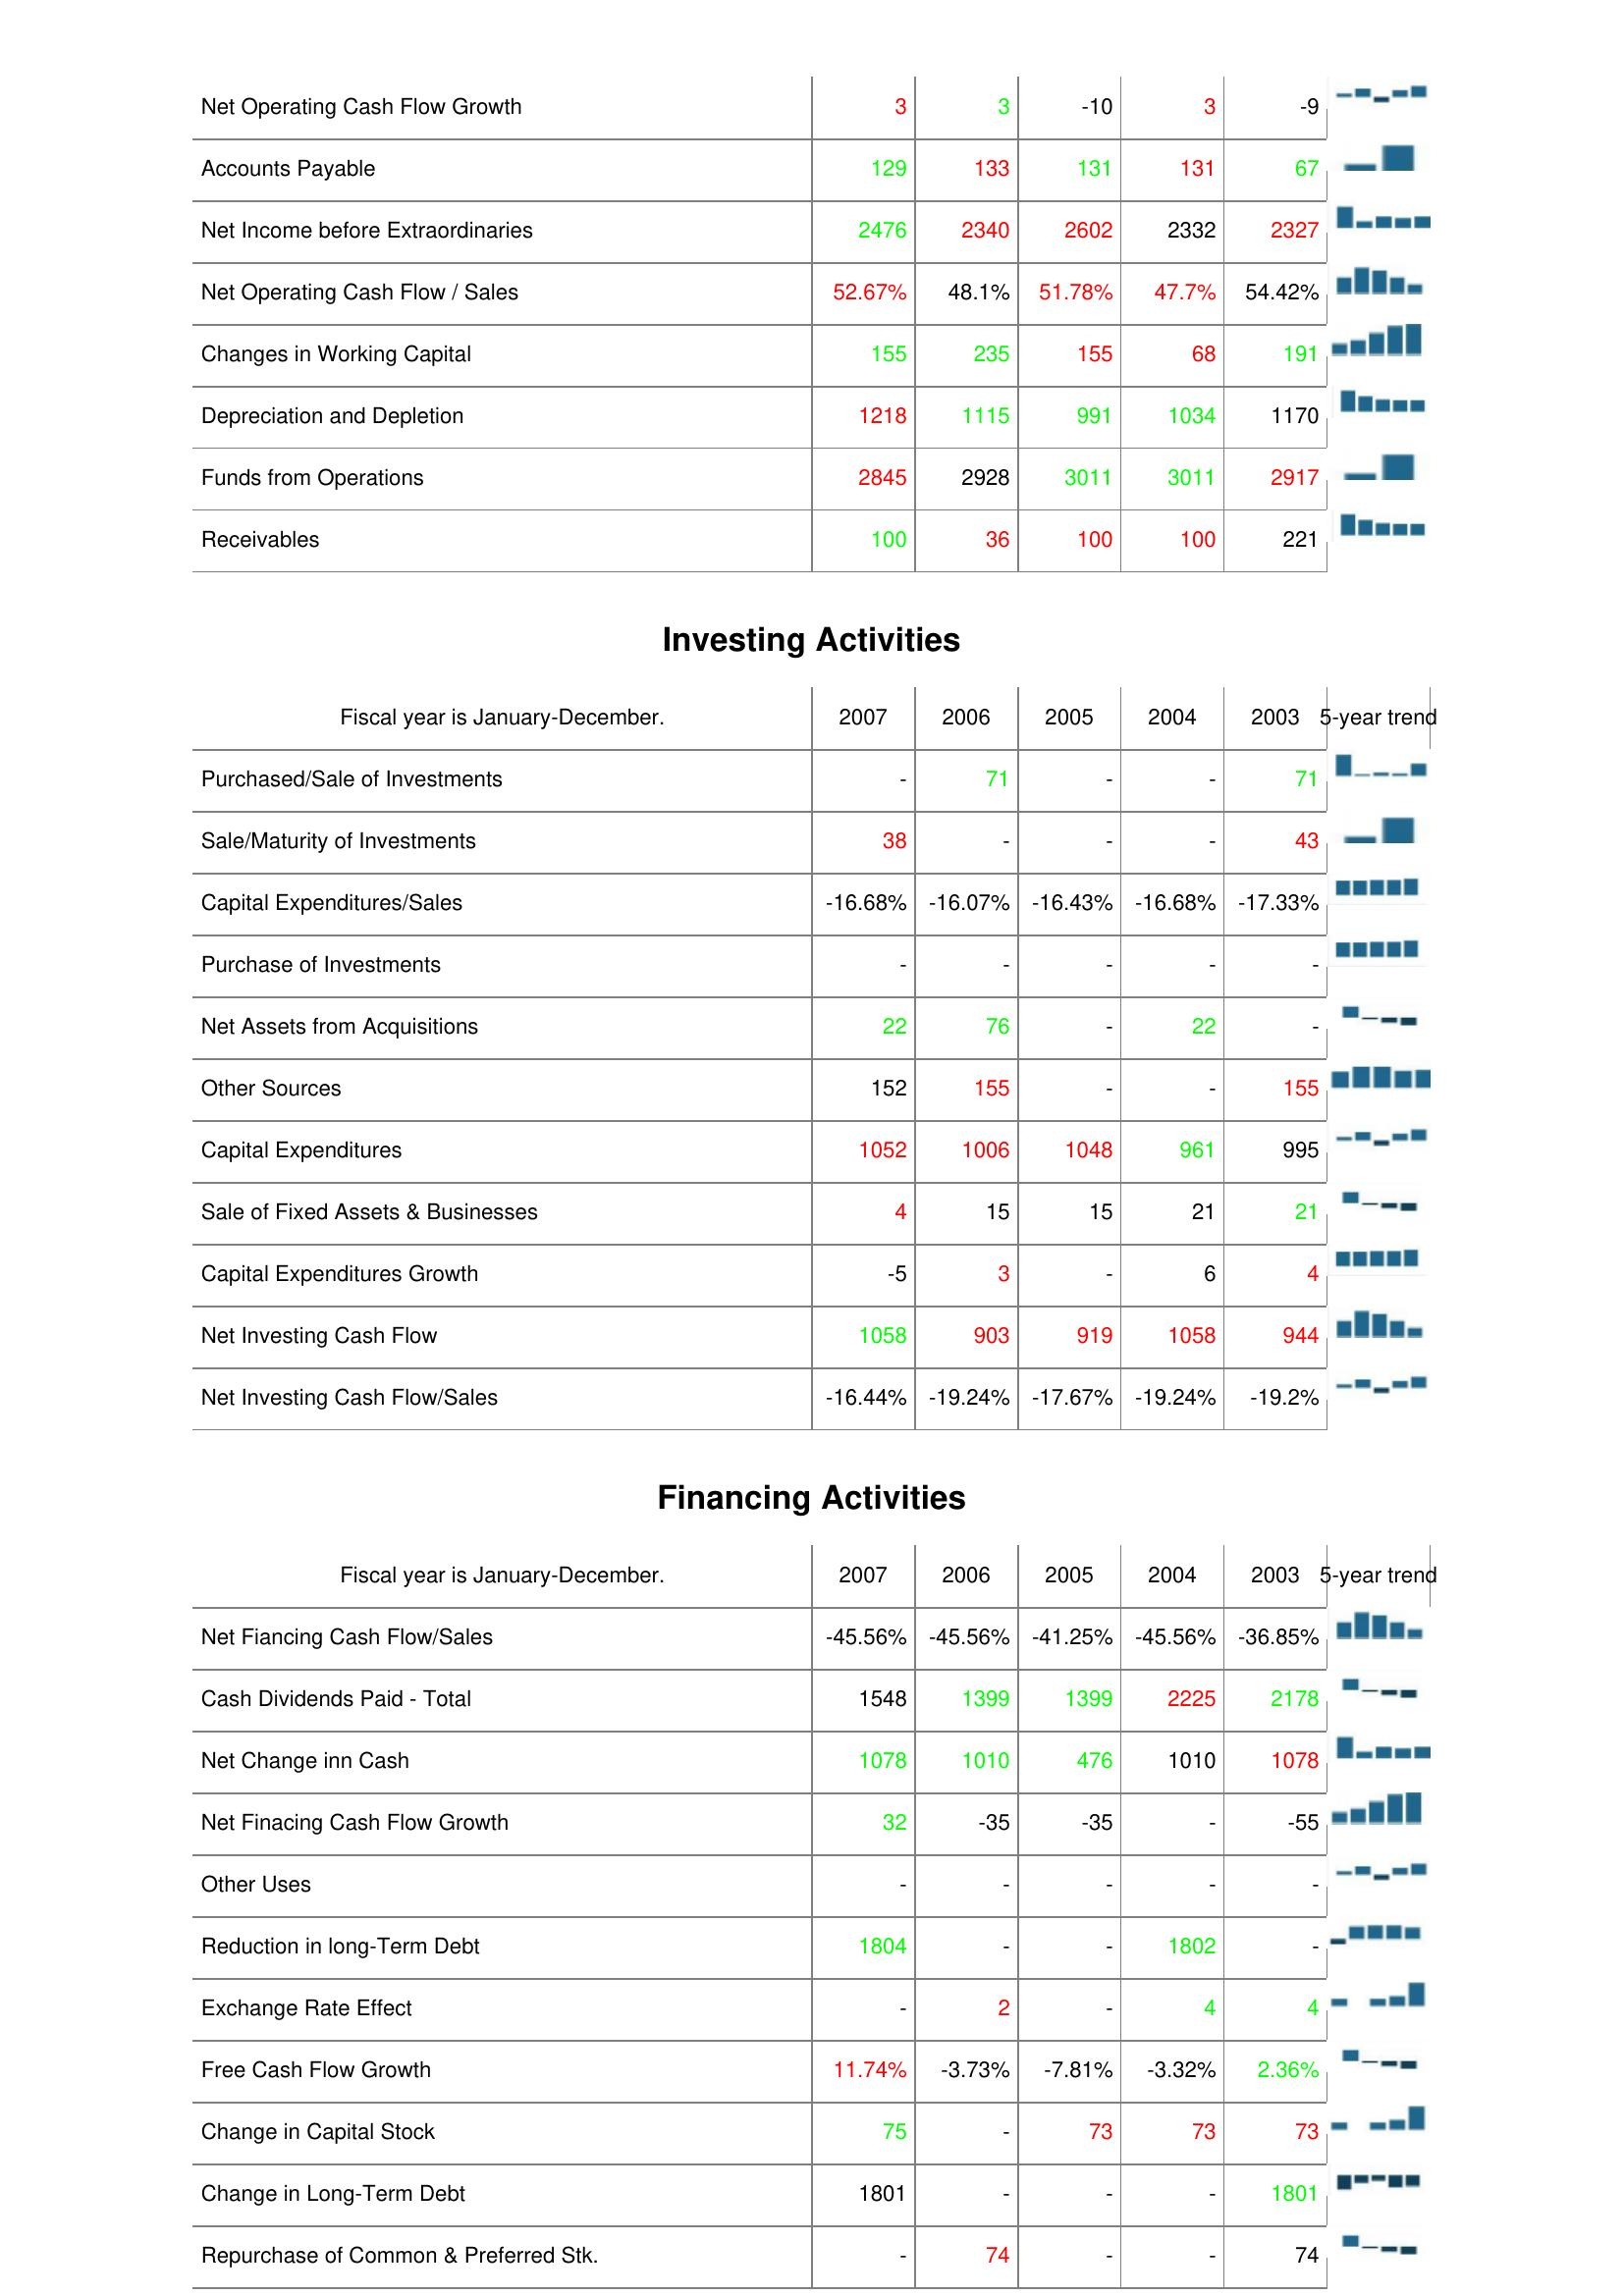
2007: Operating Activities: Net Operating Cash Flow Growth: 3
Accounts Payable: 129
Net Income before Extraordinaries: 2476
Net Operating Cash Flow / Sales: 52.67%
Changes in Working Capital: 155
Depreciation and Depletion: 1218
Funds from Operations: 2845
Receivables: 100
Investing Activities: Purchased/Sale of Investments: -
Sale/Maturity of Investments: 38
Capital Expenditures/Sales: -16.68%
Purchase of Investments: -
Net Assets from Acquisitions: 22
Other Sources: 152
Capital Expenditures: 1052
Sale of Fixed Assets & Businesses: 4
Capital Expenditures Growth: -5
Net Investing Cash Flow: 1058
Net Investing Cash Flow/Sales: -16.44%
Financing Activities: Net Fiancing Cash Flow/Sales: -45.56%
Cash Dividends Paid - Total: 1548
Net Change inn Cash: 1078
Net Finacing Cash Flow Growth: 32
Other Uses: -
Reduction in long-Term Debt: 1804
Exchange Rate Effect: -
Free Cash Flow Growth: 11.74%
Change in Capital Stock: 75
Change in Long-Term Debt: 1801
Repurchase of Common & Preferred Stk.: -
2006: Operating Activities: Net Operating Cash Flow Growth: 3
Accounts Payable: 133
Net Income before Extraordinaries: 2340
Net Operating Cash Flow / Sales: 48.1%
Changes in Working Capital: 235
Depreciation and Depletion: 1115
Funds from Operations: 2928
Receivables: 36
Investing Activities: Purchased/Sale of Investments: 71
Sale/Maturity of Investments: -
Capital Expenditures/Sales: -16.07%
Purchase of Investments: -
Net Assets from Acquisitions: 76
Other Sources: 155
Capital Expenditures: 1006
Sale of Fixed Assets & Businesses: 15
Capital Expenditures Growth: 3
Net Investing Cash Flow: 903
Net Investing Cash Flow/Sales: -19.24%
Financing Activities: Net Fiancing Cash Flow/Sales: -45.56%
Cash Dividends Paid - Total: 1399
Net Change inn Cash: 1010
Net Finacing Cash Flow Growth: -35
Other Uses: -
Reduction in long-Term Debt: -
Exchange Rate Effect: 2
Free Cash Flow Growth: -3.73%
Change in Capital Stock: -
Change in Long-Term Debt: -
Repurchase of Common & Preferred Stk.: 74
2005: Operating Activities: Net Operating Cash Flow Growth: -10
Accounts Payable: 131
Net Income before Extraordinaries: 2602
Net Operating Cash Flow / Sales: 51.78%
Changes in Working Capital: 155
Depreciation and Depletion: 991
Funds from Operations: 3011
Receivables: 100
Investing Activities: Purchased/Sale of Investments: -
Sale/Maturity of Investments: -
Capital Expenditures/Sales: -16.43%
Purchase of Investments: -
Net Assets from Acquisitions: -
Other Sources: -
Capital Expenditures: 1048
Sale of Fixed Assets & Businesses: 15
Capital Expenditures Growth: -
Net Investing Cash Flow: 919
Net Investing Cash Flow/Sales: -17.67%
Financing Activities: Net Fiancing Cash Flow/Sales: -41.25%
Cash Dividends Paid - Total: 1399
Net Change inn Cash: 476
Net Finacing Cash Flow Growth: -35
Other Uses: -
Reduction in long-Term Debt: -
Exchange Rate Effect: -
Free Cash Flow Growth: -7.81%
Change in Capital Stock: 73
Change in Long-Term Debt: -
Repurchase of Common & Preferred Stk.: -
2004: Operating Activities: Net Operating Cash Flow Growth: 3
Accounts Payable: 131
Net Income before Extraordinaries: 2332
Net Operating Cash Flow / Sales: 47.7%
Changes in Working Capital: 68
Depreciation and Depletion: 1034
Funds from Operations: 3011
Receivables: 100
Investing Activities: Purchased/Sale of Investments: -
Sale/Maturity of Investments: -
Capital Expenditures/Sales: -16.68%
Purchase of Investments: -
Net Assets from Acquisitions: 22
Other Sources: -
Capital Expenditures: 961
Sale of Fixed Assets & Businesses: 21
Capital Expenditures Growth: 6
Net Investing Cash Flow: 1058
Net Investing Cash Flow/Sales: -19.24%
Financing Activities: Net Fiancing Cash Flow/Sales: -45.56%
Cash Dividends Paid - Total: 2225
Net Change inn Cash: 1010
Net Finacing Cash Flow Growth: -
Other Uses: -
Reduction in long-Term Debt: 1802
Exchange Rate Effect: 4
Free Cash Flow Growth: -3.32%
Change in Capital Stock: 73
Change in Long-Term Debt: -
Repurchase of Common & Preferred Stk.: -
2003: Operating Activities: Net Operating Cash Flow Growth: -9
Accounts Payable: 67
Net Income before Extraordinaries: 2327
Net Operating Cash Flow / Sales: 54.42%
Changes in Working Capital: 191
Depreciation and Depletion: 1170
Funds from Operations: 2917
Receivables: 221
Investing Activities: Purchased/Sale of Investments: 71
Sale/Maturity of Investments: 43
Capital Expenditures/Sales: -17.33%
Purchase of Investments: -
Net Assets from Acquisitions: -
Other Sources: 155
Capital Expenditures: 995
Sale of Fixed Assets & Businesses: 21
Capital Expenditures Growth: 4
Net Investing Cash Flow: 944
Net Investing Cash Flow/Sales: -19.2%
Financing Activities: Net Fiancing Cash Flow/Sales: -36.85%
Cash Dividends Paid - Total: 2178
Net Change inn Cash: 1078
Net Finacing Cash Flow Growth: -55
Other Uses: -
Reduction in long-Term Debt: -
Exchange Rate Effect: 4
Free Cash Flow Growth: 2.36%
Change in Capital Stock: 73
Change in Long-Term Debt: 1801
Repurchase of Common & Preferred Stk.: 74